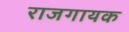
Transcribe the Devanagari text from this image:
राजगायक